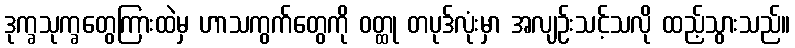
ဒုက္ခသုက္ခတွေကြားထဲမှ ဟာသကွက်တွေကို ဝတ္ထု တပုဒ်လုံးမှာ အလျဉ်းသင့်သလို ထည့်သွားသည်။